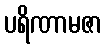
ပရိဏာမဇာ